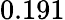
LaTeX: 0.191